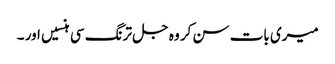
میری بات سن کر وہ جل ترنگ سی ہنسیں اور ۔